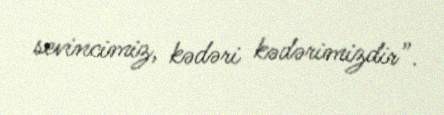
sevincimiz, kədəri kədərimizdir”.